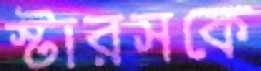
স্টারসকে